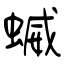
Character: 蝛